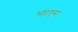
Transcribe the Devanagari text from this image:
था।एम